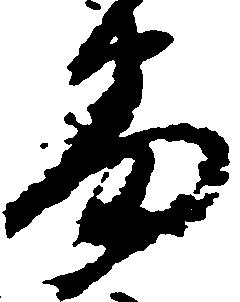
蕃